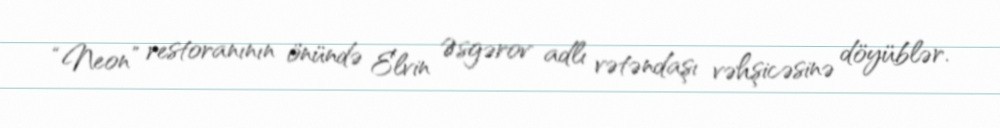
“Neon” restoranının önündə Elvin Əsgərov adlı vətəndaşı vəhşicəsinə döyüblər.